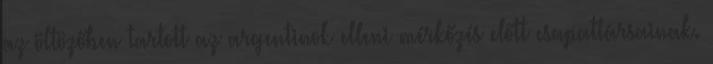
az öltözőben tartott az argentinok elleni mérkőzés előtt csapattársainak.